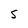
Character: S